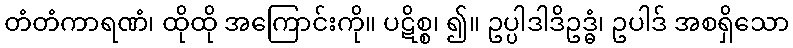
တံတံကာရဏံ၊ ထိုထို အကြောင်းကို။ ပဋိစ္စ၊ ၍။ ဥပ္ပါဒါဒိဥဒ္ဓံ၊ ဥပါဒ် အစရှိသော